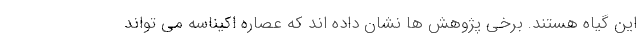
این گیاه هستند. برخی پژوهش ها نشان داده اند که عصاره اکیناسه می تواند